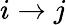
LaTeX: i\to j